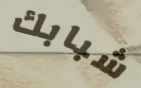
شبابك